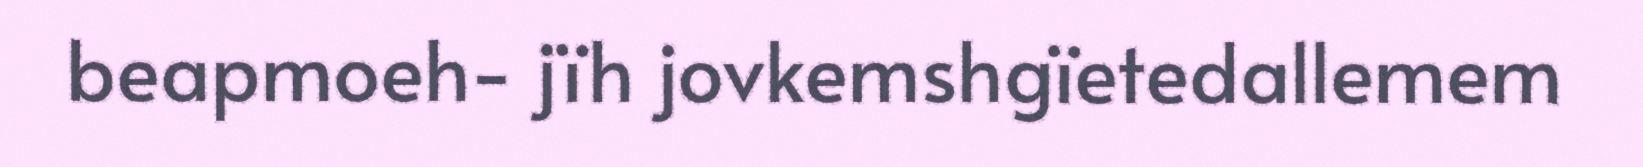
beapmoeh- jïh jovkemshgïetedallemem